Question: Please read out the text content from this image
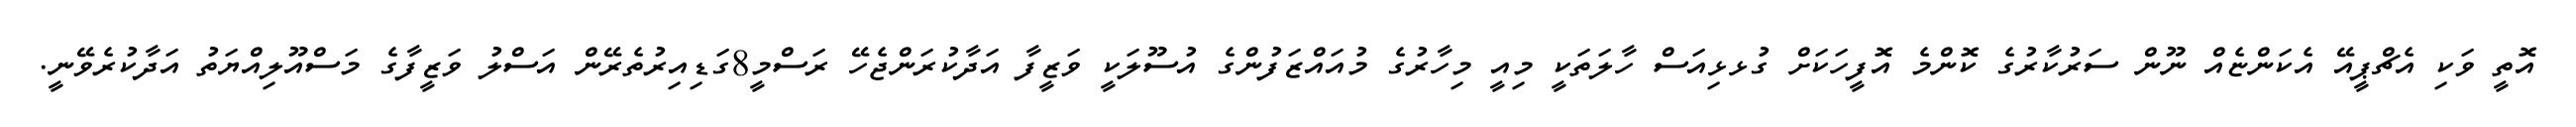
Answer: އޮތީ ވަކި އެޗްޕީއޭ އެކަންޏެއް ނޫން ސަރުކާރުގެ ކޮންމެ އޮފީހަކަށް ގުޅޅިއަސް ހާލަތަކީ މިއީ މިހާރުގެ މުއައްޒަފުންގެ އުސޫލަކީ ވަޒީފާ އަދާކުރަންޖެހޭ ރަސްމީ8ގަޑިއިރުތެރޭން އަސްލު ވަޒީފާގެ މަސްއޫލިއްޔަތު އަދާކުރެވޭނީ.